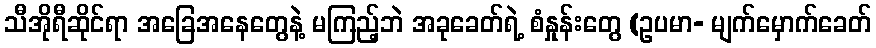
သီအိုရီဆိုင်ရာ အခြေအနေတွေနဲ့ မကြည့်ဘဲ အခုခေတ်ရဲ့ စံနှုန်းတွေ (ဥပမာ- မျက်မှောက်ခေတ်